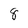
Character: 8